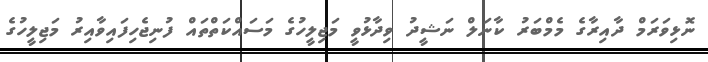
ނޮޅިވަރަމް ދާއިރާގެ މެމްބަރު ކާނަލް ނަޝީދު ވިދާޅުވީ މަޖިލީހުގެ މަސައްކަތްތައް ފުނިޖެހިފައިވާއިރު މަޖިލީހުގެ